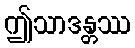
ဤသာဒန္တဿ